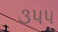
૩૫૫